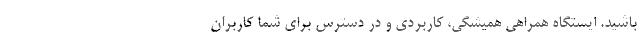
باشید. ایستگاه همراهی همیشگی، کاربردی و در دسترس برای شما کاربران